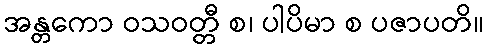
အန္တကော ဝသဝတ္တီ စ၊ ပါပိမာ စ ပဇာပတိ။